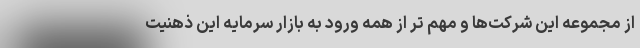
از مجموعه این شرکت‌ها و مهم تر از همه ورود به بازار سرمایه این ذهنیت